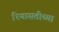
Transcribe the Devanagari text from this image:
रियासतीच्या